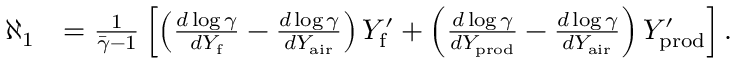
\begin{array} { r l } { \aleph _ { 1 } } & { = \frac { 1 } { \bar { \gamma } - 1 } \left[ \left( \frac { d \log \gamma } { d Y _ { \mathrm { f } } } - \frac { d \log \gamma } { d Y _ { \mathrm { a i r } } } \right) Y _ { \mathrm { f } } ^ { \prime } + \left( \frac { d \log \gamma } { d Y _ { \mathrm { p r o d } } } - \frac { d \log \gamma } { d Y _ { \mathrm { a i r } } } \right) Y _ { \mathrm { p r o d } } ^ { \prime } \right] . } \end{array}